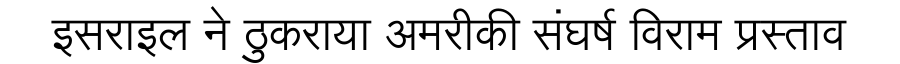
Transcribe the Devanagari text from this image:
इसराइल ने ठुकराया अमरीकी संघर्ष विराम प्रस्ताव